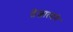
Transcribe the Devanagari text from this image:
तेजात्मने